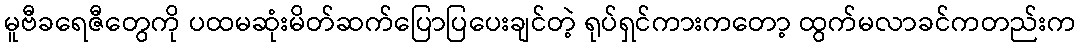
မူဗီခရေဇီတွေကို ပထမဆုံးမိတ်ဆက်ပြောပြပေးချင်တဲ့ ရုပ်ရှင်ကားကတော့ ထွက်မလာခင်ကတည်းက